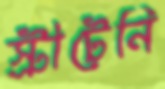
স্ট্রীটেনি